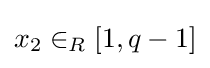
x_{2}\in _{R}[1,q-1]